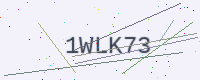
Text: 1WLK73